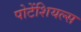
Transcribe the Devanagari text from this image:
पोटेंशियल्स